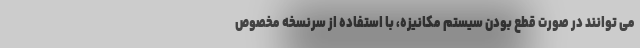
می توانند در صورت قطع بودن سیستم مکانیزه، با استفاده از سرنسخه مخصوص